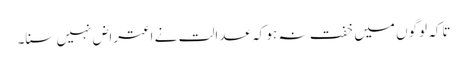
تاکہ لوگوں میں خفت نہ ہو کہ عدالت نے اعتراض نہیں سنا۔